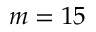
m = 1 5